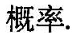
概率.